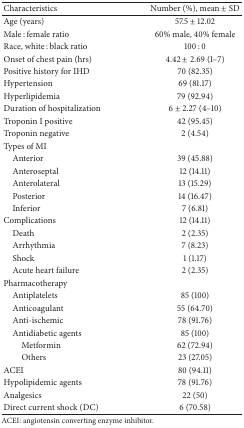
| Characteristics | Number (%), mean ± SD |
 | --- | --- |
 | Age (years) | 57.5 ± 12.02 |
 | Male : female ratio | 60% male, 40% female |
 | Race, white : black ratio | 100 : 0 |
 | Onset of chest pain (hrs) | 4.42 ± 2.69 (1–7) |
 | Positive history for IHD | 70 (82.35) |
 | Hypertension | 69 (81.17) |
 | Hyperlipidemia | 79 (92.94) |
 | Duration of hospitalization | 6 ± 2.27 (4–10) |
 | Troponin I positive | 42 (95.45) |
 | Troponin negative | 2 (4.54) |
 | Types of MI |  |
 | Anterior | 39 (45.88) |
 | Anteroseptal | 12 (14.11) |
 | Anterolateral | 13 (15.29) |
 | Posterior | 14 (16.47) |
 | Inferior | 7 (6.81) |
 | Complications | 12 (14.11) |
 | Death | 2 (2.35) |
 | Arrhythmia | 7 (8.23) |
 | Shock | 1 (1.17) |
 | Acute heart failure | 2 (2.35) |
 | Pharmacotherapy |  |
 | Antiplatelets | 85 (100) |
 | Anticoagulant | 55 (64.70) |
 | Anti-ischemic | 78 (91.76) |
 | Antidiabetic agents | 85 (100) |
 | Metformin | 62 (72.94) |
 | Others | 23 (27.05) |
 | ACEI | 80 (94.11) |
 | Hypolipidemic agents | 78 (91.76) |
 | Analgesics | 22 (50) |
 | Direct current shock (DC) | 6 (70.58) |